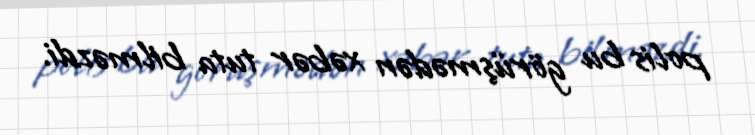
polis bu görüşmədən xəbər tuta bilməzdi.